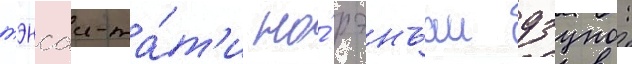
тэнсаи-та́т'и но́ рэнъаи дзуно: